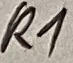
Text: R1